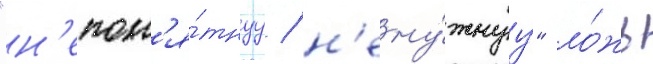
"н'епон'я́тнуу / н'ену́жнуу" ло́жь